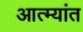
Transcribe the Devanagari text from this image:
आत्म्यांत